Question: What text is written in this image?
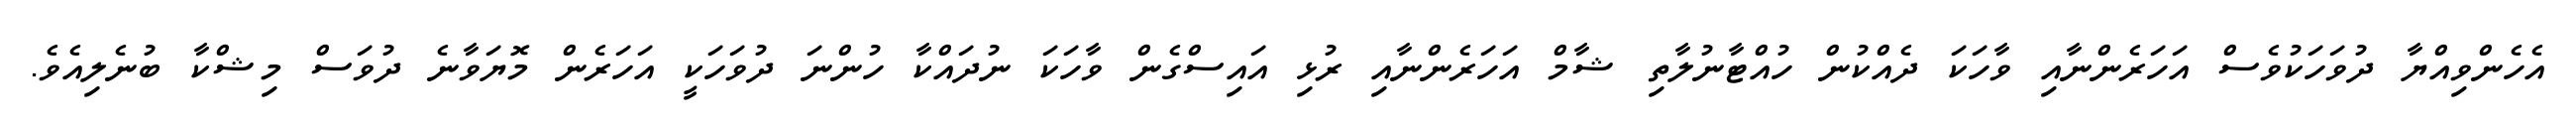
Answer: އެހެންވިއްޔާ ދުވަހަކުވެސް އަހަރެންނާއި ވާހަކަ ދެއްކުން ހުއްޓާނުލާތި ޝާމް އަހަރެންނާއި ރުޅި އައިސްގެން ވާހަކަ ނުދައްކާ ހުންނަ ދުވަހަކީ އަހަރެން މޮޔަވާނެ ދުވަސް މިޝްކާ ބުނެލިއެވެ.